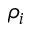
\rho _ { i }